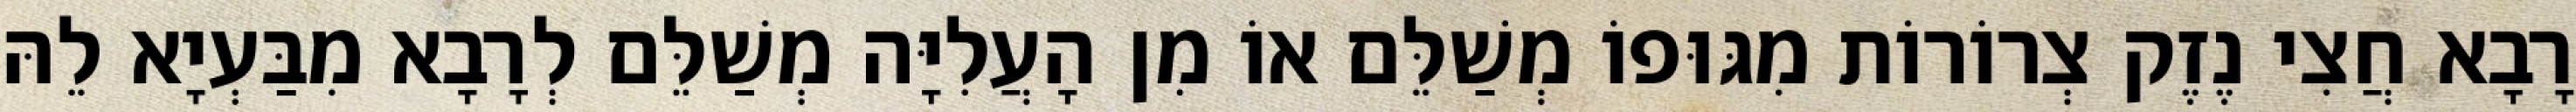
רָבָא חֲצִי נֶזֶק צְרוֹרוֹת מִגּוּפוֹ מְשַׁלֵּם אוֹ מִן הָעֲלִיָּה מְשַׁלֵּם לְרָבָא מִבַּעְיָא לֵהּ